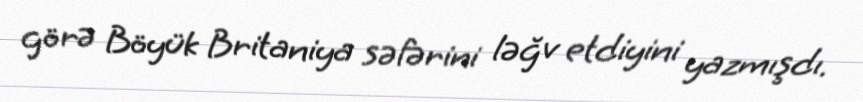
görə Böyük Britaniya səfərini ləğv etdiyini yazmışdı.